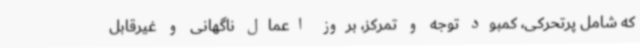
که شامل پرتحرکی، کمبود توجه و تمرکز، بروز اعمال ناگهانی و غیرقابل